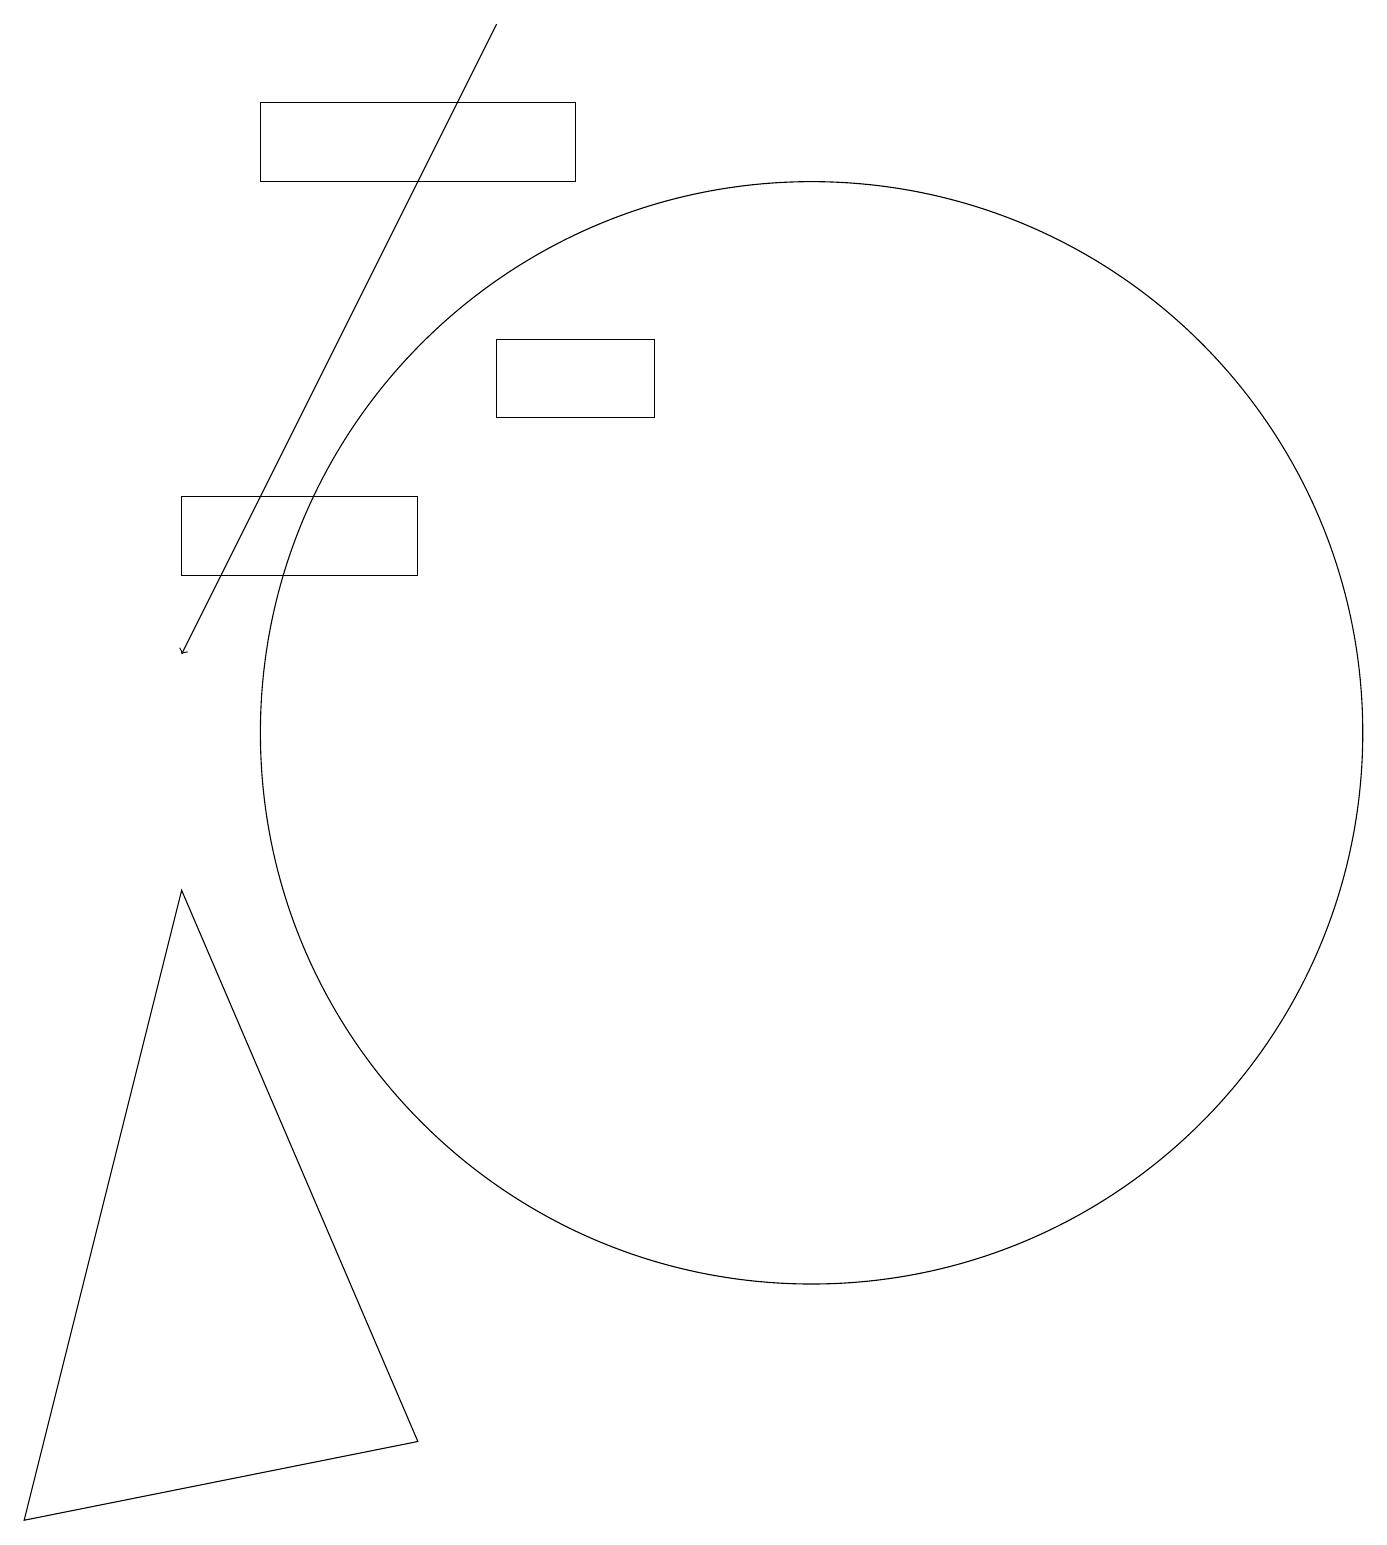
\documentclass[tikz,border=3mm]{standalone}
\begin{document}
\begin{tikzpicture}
\draw (2,13) rectangle (5,12);
\draw (8,14) rectangle (6,15);
\draw (5,1) -- (2,8) -- (0,0) -- cycle;
\draw (7,17) rectangle (3,18);
\draw[->] (6,19) -- (2,11);
\draw (10,10) circle (7);
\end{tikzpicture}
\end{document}